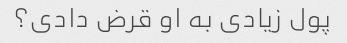
پول زیادی به او قرض دادی؟